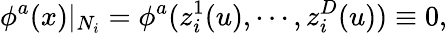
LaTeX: \phi^{a}(x)|_{N_{i}}=\phi^{a}(z_{i}^{1}(u),\cdots,z_{i}^{D}(u))\equiv 0,